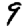
Digit: 9